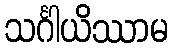
သင်္ဂါယိဿာမ